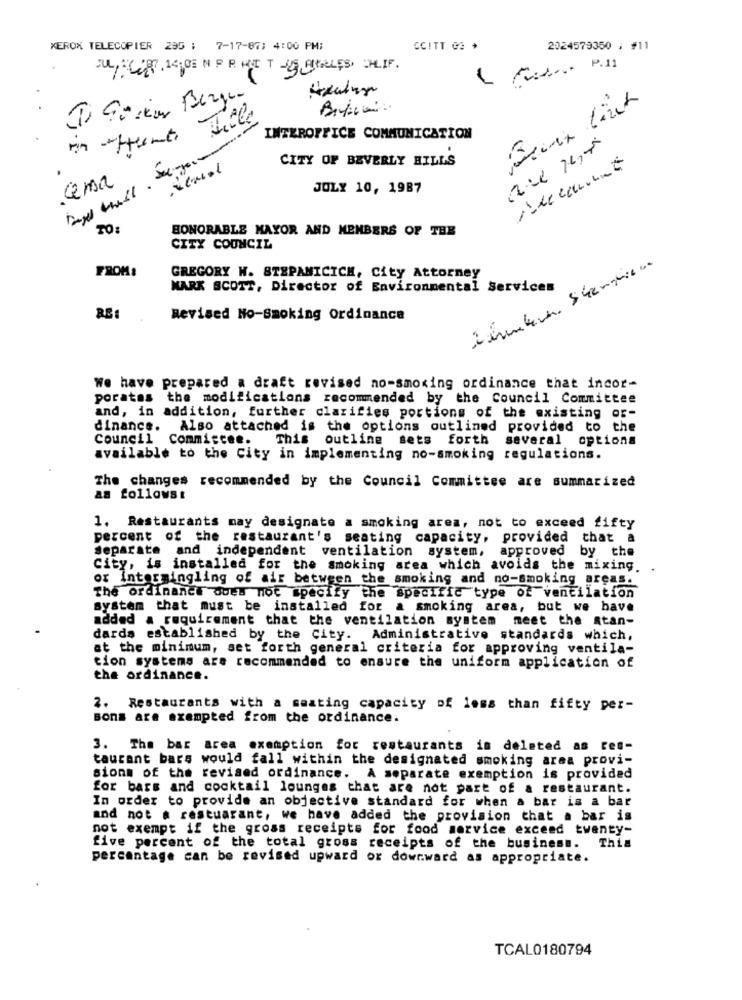
XEROX TELECOPIER 295 : 7-17-87; 4:00 PM:
CCITT GA +
2024579350 ; #11
JUL, CZY 14 0E N P PHNET -25 AILLES, OHLIF.
Tiele
INTEROFFICE COMMUNICATION
CITY OF BEVERLY HILLS
cena
JOLY 10, 1987
HONORABLE MAYOR AND MEMBERS OF THE
CITY COUNCIL
FROM:
GREGORY W. STEPAMICICH, City Attorney
MARK SCOTT, Director of Environmental Services
Revised No-Smoking Ordinance
We have prepared a draft revised no-smoking ordinance that incor-
porates the modifications recommended by the Council Committee
and, in addition, further clarifies portions of the existing or-
dinance. Also attached is the options outlined provided to the
Council Commiscee.
This outline sets forth
several options
available to the City in implementing no-smoking regulations.
The changes recommended by the Council Committee are summarized
as follows&
1. Restaurants may designate a smoking area, not to exceed fifty
percent of the restaurant's seating capacity, provided that a
Separate and independent ventilation system, approved by the
City, is installed for the smoking area which avoids the mixing. .
or intermingling of air between the smoking and no-smoking areas.
The ordinance does not specify the specific type of ventilation
system that must be installed for a smoking area, but we have
added a requirement that the ventilation system meet the Atan-
dards established by the City. Administrative standards which,
at the minimum, set forth general criteria for approving ventila-
tion systems are recommended to ensure the uniform application of
the ordinance.
2. Restaurants with a seating capacity of less than fifty per-
Bons are exempted from the ordinance.
3. The bar area exemption for restaurants in deleted as tes-
taurant bars would fall within the designated smoking area provi-
sions of the revised ordinance. A separate exemption is provided
for bars and cocktail lounges that are not part of a restaurant.
In order to provide an objective standard for when a bar is a bar
and not a restuarant, we have added the provision that a bar is
not exempt if the gross receipts for food service exceed twenty-
five percent of the total gross receipts of the business. This
percentage can be revised upward or downward as appropriate.
TCAL0180794